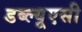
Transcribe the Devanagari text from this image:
डब्ल्यूएसी